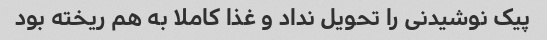
پیک نوشیدنی را تحویل نداد و غذا کاملا به هم ریخته بود